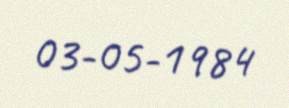
03-05-1984